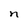
Character: n